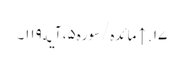
۱۷. ↑ مائده/سوره۵، آیه۱۱۹۔